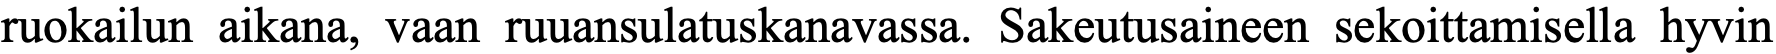
ruokailun aikana, vaan ruuansulatuskanavassa. Sakeutusaineen sekoittamisella hyvin